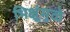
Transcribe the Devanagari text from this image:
भिक्षूंमुळे